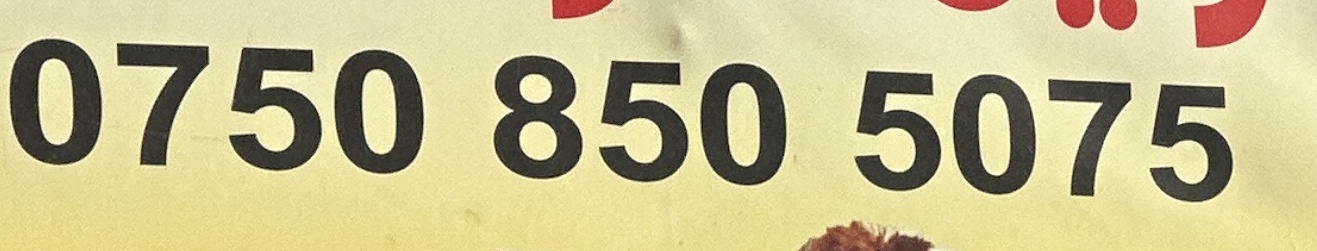
0750 850 5075